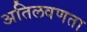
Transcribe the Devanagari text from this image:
अतिलवणता